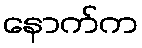
နောက်က